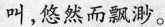
叫，悠然而飘渺。